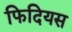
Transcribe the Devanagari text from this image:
फिदियस